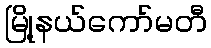
မြို့နယ်ကော်မတီ